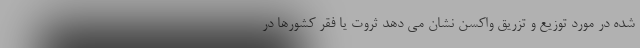
شده در مورد توزیع و تزریق واکسن نشان می دهد ثروت یا فقر کشورها در